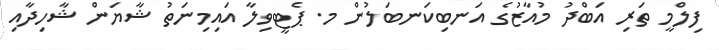
ފިލްމީ ތަރި އަބްދު މުއާޒުގެ އަނބިކަނބަލުން މ. ޕެޓީވިލާ އައިމިނަތު ޝާޔަން ޝާހިދާއި